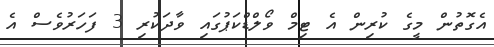
އެގޮތުން މީގެ ކުރިން އެ ޓިމް ވޯލްޑްކަޕުގައި ވާދަކުރި 3 ފަހަރުވެސް އެ